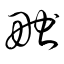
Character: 畎